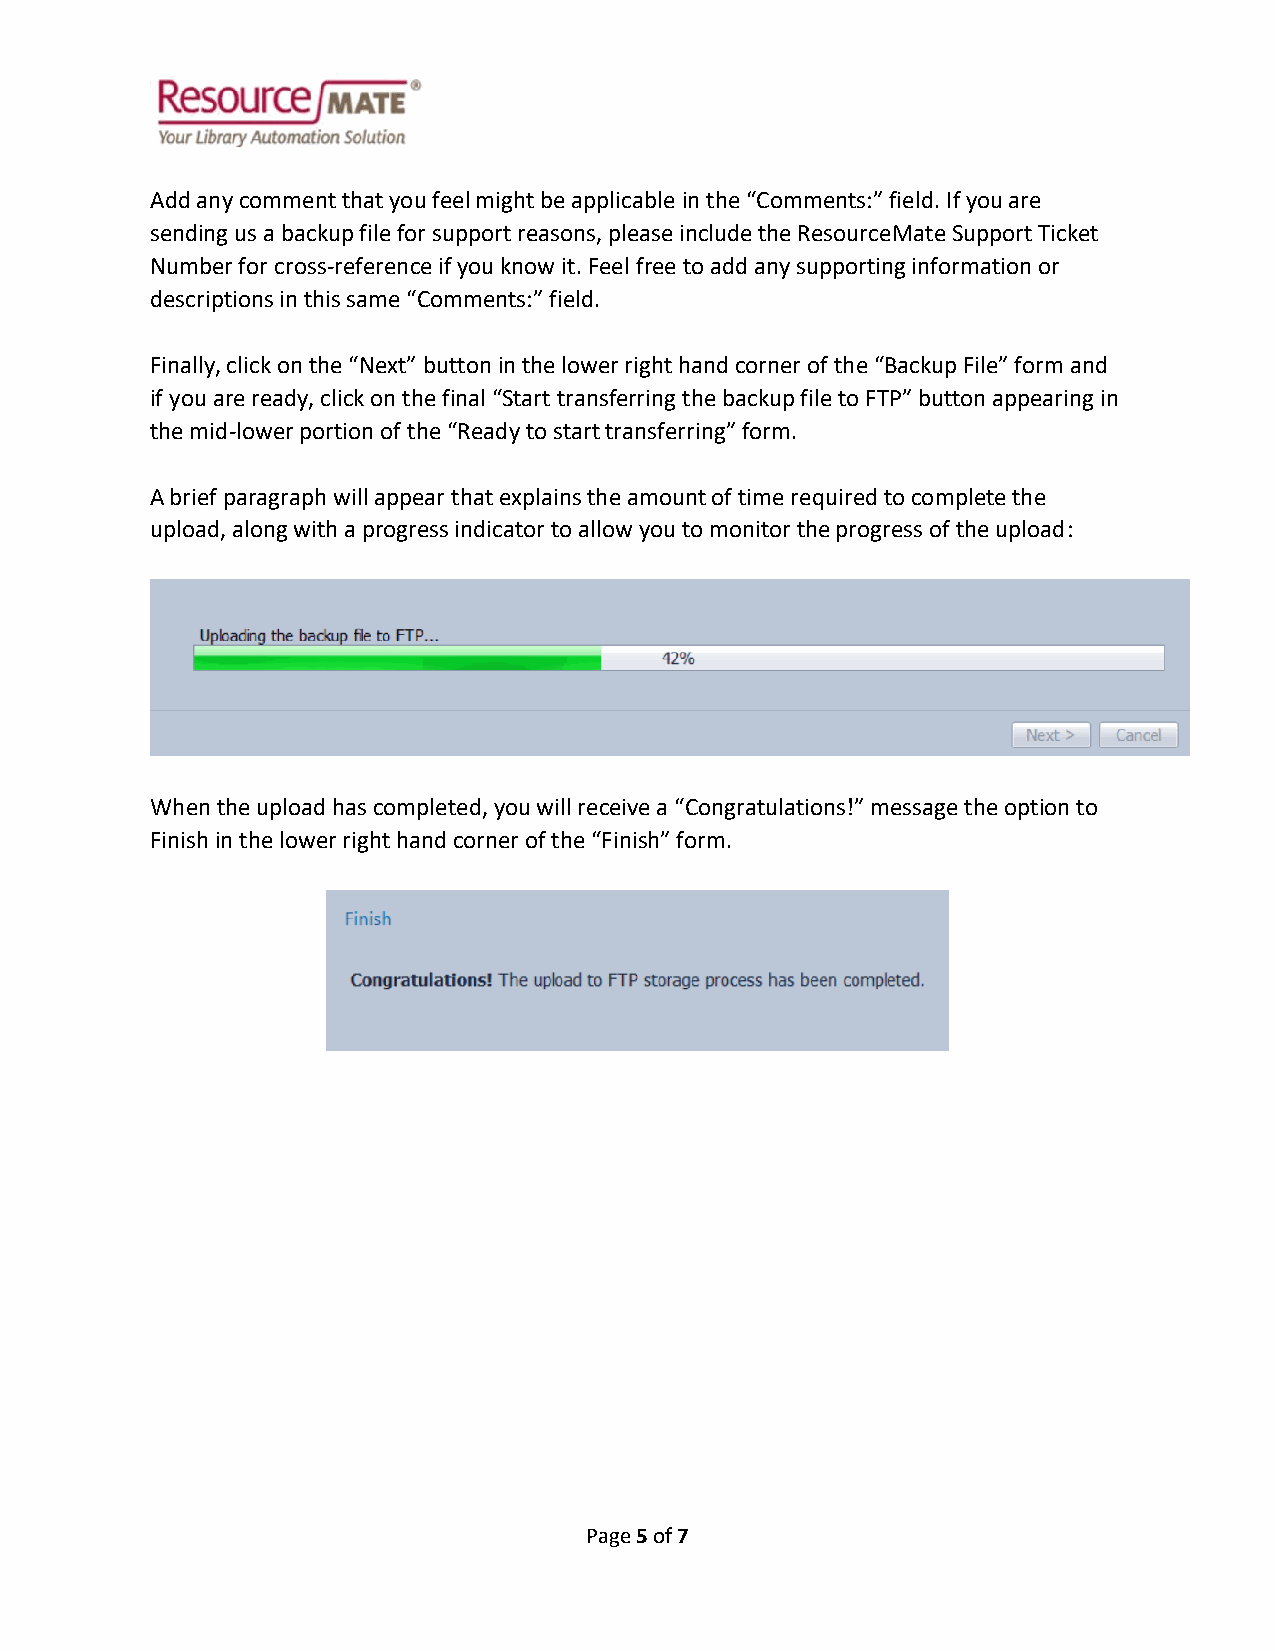
Add any comment that you feel might be applicable in the “Comments:” field. If you are
 sending us a backup file for support reasons, please include the ResourceMate Support Ticket
 Number for cross-reference if you know it. Feel free to add any supporting information or
 descriptions in this same “Comments:” field.
 Finally, click on the “Next” button in the lower right hand corner of the “Backup File” form and
 if you are ready, click on the final “Start transferring the backup file to FTP” button appearing in
 the mid-lower portion of the “Ready to start transferring” form.
 A brief paragraph will appear that explains the amount of time required to complete the
 upload, along with a progress indicator to allow you to monitor the progress of the upload:
 When the upload has completed, you will receive a “Congratulations!” message the option to
 Finish in the lower right hand corner of the “Finish” form.
 Page 5 of 7